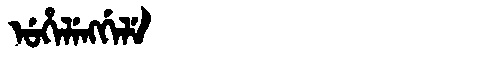
Manchu: ᡠᡥᡝᠯᡝᠩᡤᡝᠯᡝ
Romanization: UHELENGGELE